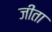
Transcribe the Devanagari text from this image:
जीता